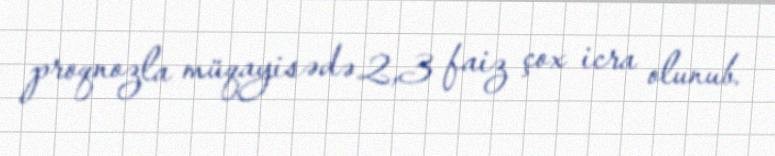
proqnozla müqayisədə 2,3 faiz çox icra olunub.